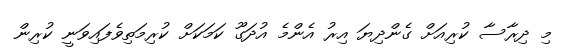
މި ދިރާސާ ކުރިއަށް ގެންދިޔަ އިރު އެންމެ އުދަގޫ ކަމަކަށް ކުރިމަތިވެފައިވަނީ ކުރިން